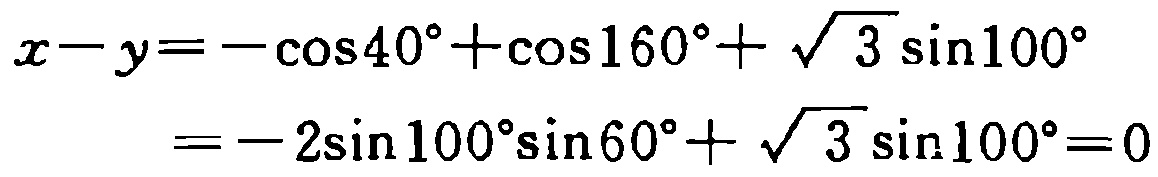
\[
\begin{align*}
x - y&=-\cos40^{\circ}+\cos160^{\circ}+\sqrt{3}\sin100^{\circ}\\
&=-2\sin100^{\circ}\sin60^{\circ}+\sqrt{3}\sin100^{\circ}=0
\end{align*}
\]